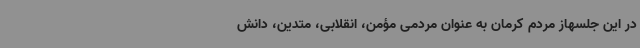
در این جلسهاز مردم کرمان به عنوان مردمی مؤمن، انقلابی، متدین، دانش